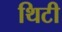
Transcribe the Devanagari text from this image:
थिटी